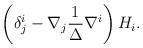
LaTeX: \begin{align*}\left(\delta_{j}^{i} - \nabla_{j}\frac{1}{\Delta}\nabla^{i}\right)H_{i}.\end{align*}